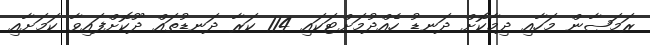
ރަމަޞާން މަހާއި ދިމާކޮށް ދަނޑު ހެއްދުމަށްޓަކައި 114 ކަރާ ދަނޑުތައް ދޫކޮށްފައިވާ ކަމަށާއި